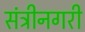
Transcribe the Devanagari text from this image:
संत्रीनगरी